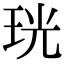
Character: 珖